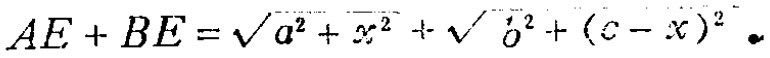
$AE + BE=\sqrt{a^{2}+x^{2}}+\sqrt{b^{2}+(c - x)^{2}}$